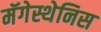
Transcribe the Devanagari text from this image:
मॅगेस्थेनिस